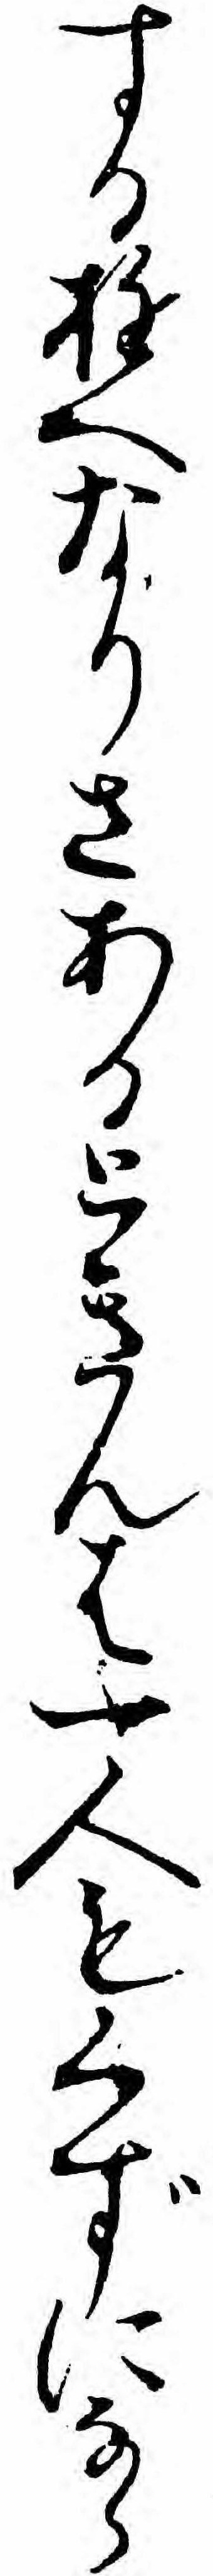
するゆへなりさあるときんは一人もくずになら